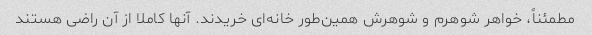
مطمئناً، خواهر شوهرم و شوهرش همین‌طور خانه‌ای خریدند. آنها کاملا از آن راضی هستند